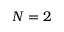
N = 2